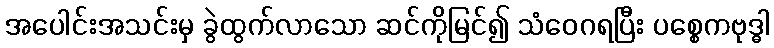
အပေါင်းအသင်းမှ ခွဲထွက်လာသော ဆင်ကိုမြင်၍ သံဝေဂရပြီး ပစ္စေကဗုဒ္ဓါ